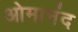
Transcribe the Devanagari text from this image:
ओमानंद